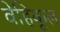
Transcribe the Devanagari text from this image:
वेहिकूल